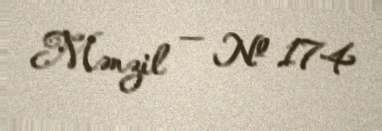
Mənzil — № 174